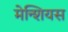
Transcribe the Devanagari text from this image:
मेन्शियस